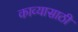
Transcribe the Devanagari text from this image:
काव्यासाठी